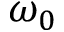
\omega _ { 0 }